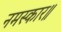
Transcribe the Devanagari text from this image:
नमस्कार॥